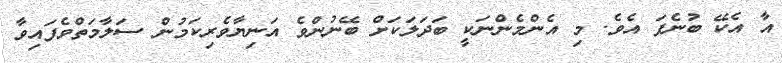
އާ އެކޭ ބުނެފަ އެވެ. މި އެންމެންނަކީ ބަދަލަކަށް ބޭނުންވެ އަނިޔާވެރިކަމުން ސަލާމަތްވެފައިވާ